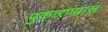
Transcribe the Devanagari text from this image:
पुकारण्यास